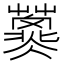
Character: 𱾲